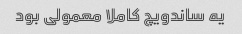
یه ساندویچ کاملا معمولی بود